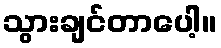
သွားချင်တာပေါ့။